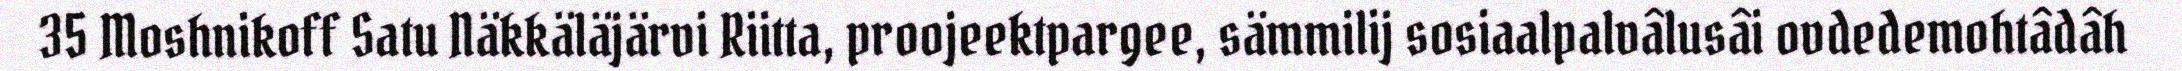
35 Moshnikoff Satu Näkkäläjärvi Riitta, proojeektpargee, sämmilij sosiaalpalvâlusâi ovdedemohtâdâh